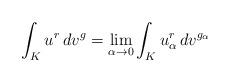
LaTeX: \begin{align*}\int_K u^r\,dv^g=\lim_{\alpha\to 0}\int_K u_{\alpha}^r\,dv^{g_{\alpha}}\end{align*}